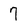
Character: 7